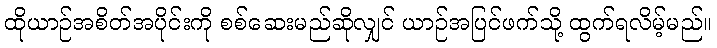
ထိုယာဉ်အစိတ်အပိုင်းကို စစ်ဆေးမည်ဆိုလျှင် ယာဉ်အပြင်ဖက်သို့ ထွက်ရလိမ့်မည်။